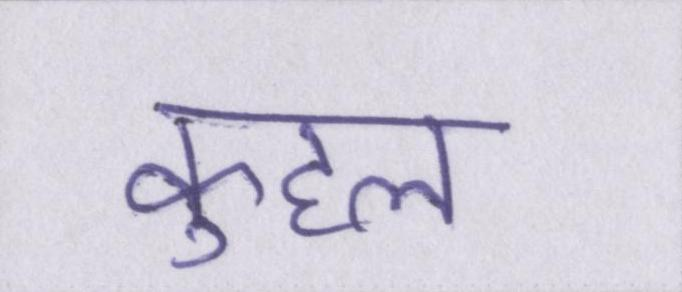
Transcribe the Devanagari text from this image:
कुहल